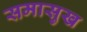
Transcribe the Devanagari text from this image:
समासुख